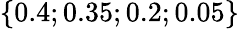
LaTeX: \{ 0.4;0.35;0.2;0.05\}